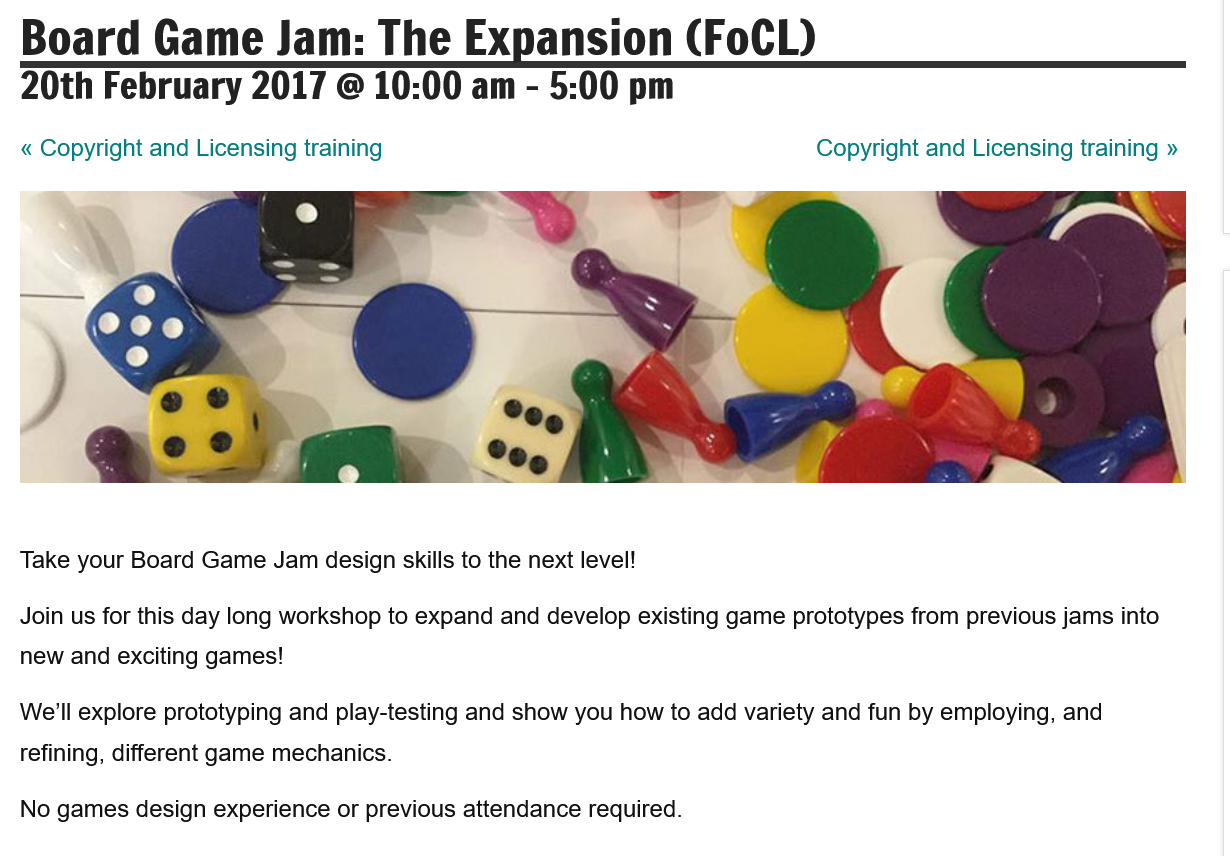
We'll explore prototyping and play-testing and show you how to add variety and fun by employing, and
  refining, different game mechanics.
  Board    Game    Jam:    The    Expansion    (FoCL)

  20th   February   2017   @  10:00  am  -
     5:00  pm
  « Copyright and Licensing training    Copyright and Licensing training »
  Take your Board Game Jam design skills to the next level!
  Join us for this day long workshop to expand and develop existing game prototypes from previous jams into
  new and exciting games!
  No games design experience or previous attendance required.